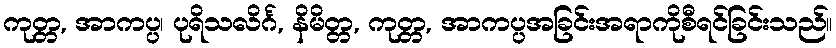
ကုတ္တ, အာကပ္ပ၊ ပုရိသလိင်္ဂ, နိမိတ္တ, ကုတ္တ, အာကပ္ပအခြင်းအရာကိုစီရင်ခြင်းသည်။